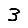
Digit: 3